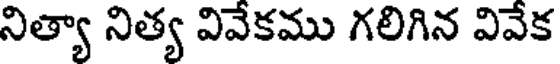
నిత్యా నిత్య వివేకము గలిగిన వివేక